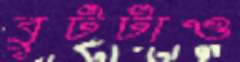
বুটটাও